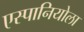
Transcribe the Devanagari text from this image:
एस्पानियोला